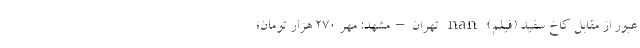
عبور از مقابل کاخ سفید (فیلم) nan تهران–مشهد: مهر ۲۷۰ هزار تومان؛